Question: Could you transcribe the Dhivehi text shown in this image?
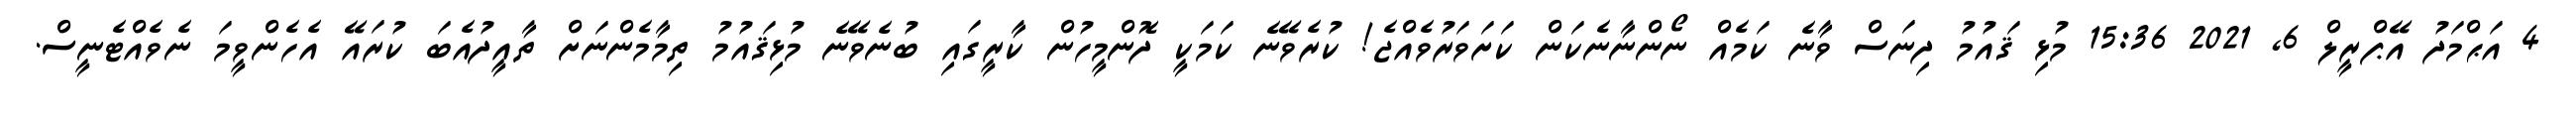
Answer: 4 އަޙްމަދު އޭޕްރީލް 6, 2021 15:36 މުޅި ޤައުމު ދިނަސް ވާނެ ކަމެއް ނޯންނާނެކަން ކަށަވަރުވެއްޖެ! ކުރެވޭނެ ކަމަކީ ދޮންމީހުން ކާރީގައި ބުނެވޭނެ މުޅިޤައުމު ތިމާމެންނަށް ތާއީދުއެބަ ކުރައޭ އެހެންވީމަ ނެވެއްޓެނީސް.